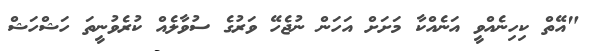
"އޭތް ކިހިނެއްވީ އަނެއްކާ މަށަށް އަހަން ނުޖެހޭ ވަރުގެ ސުވާލެއް ކުރެވުނީތަ ހަޝްހަޝް